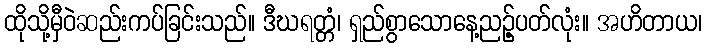
ထိုသို့မှီဝဲဆည်းကပ်ခြင်းသည်။ ဒီဃရတ္တံ၊ ရှည်စွာသောနေ့ညဉ့်ပတ်လုံး။ အဟိတာယ၊